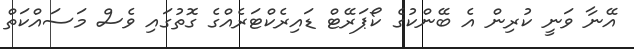
އޭނާ ވަނީ ކުރިން އެ ބޭންކުގެ ކޯޕަރޭޓް ޑައިރެކްޓަރެއްގެ ގޮތުގައި ވެސް މަސައްކަތް